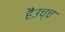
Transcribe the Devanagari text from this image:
हैउच्च